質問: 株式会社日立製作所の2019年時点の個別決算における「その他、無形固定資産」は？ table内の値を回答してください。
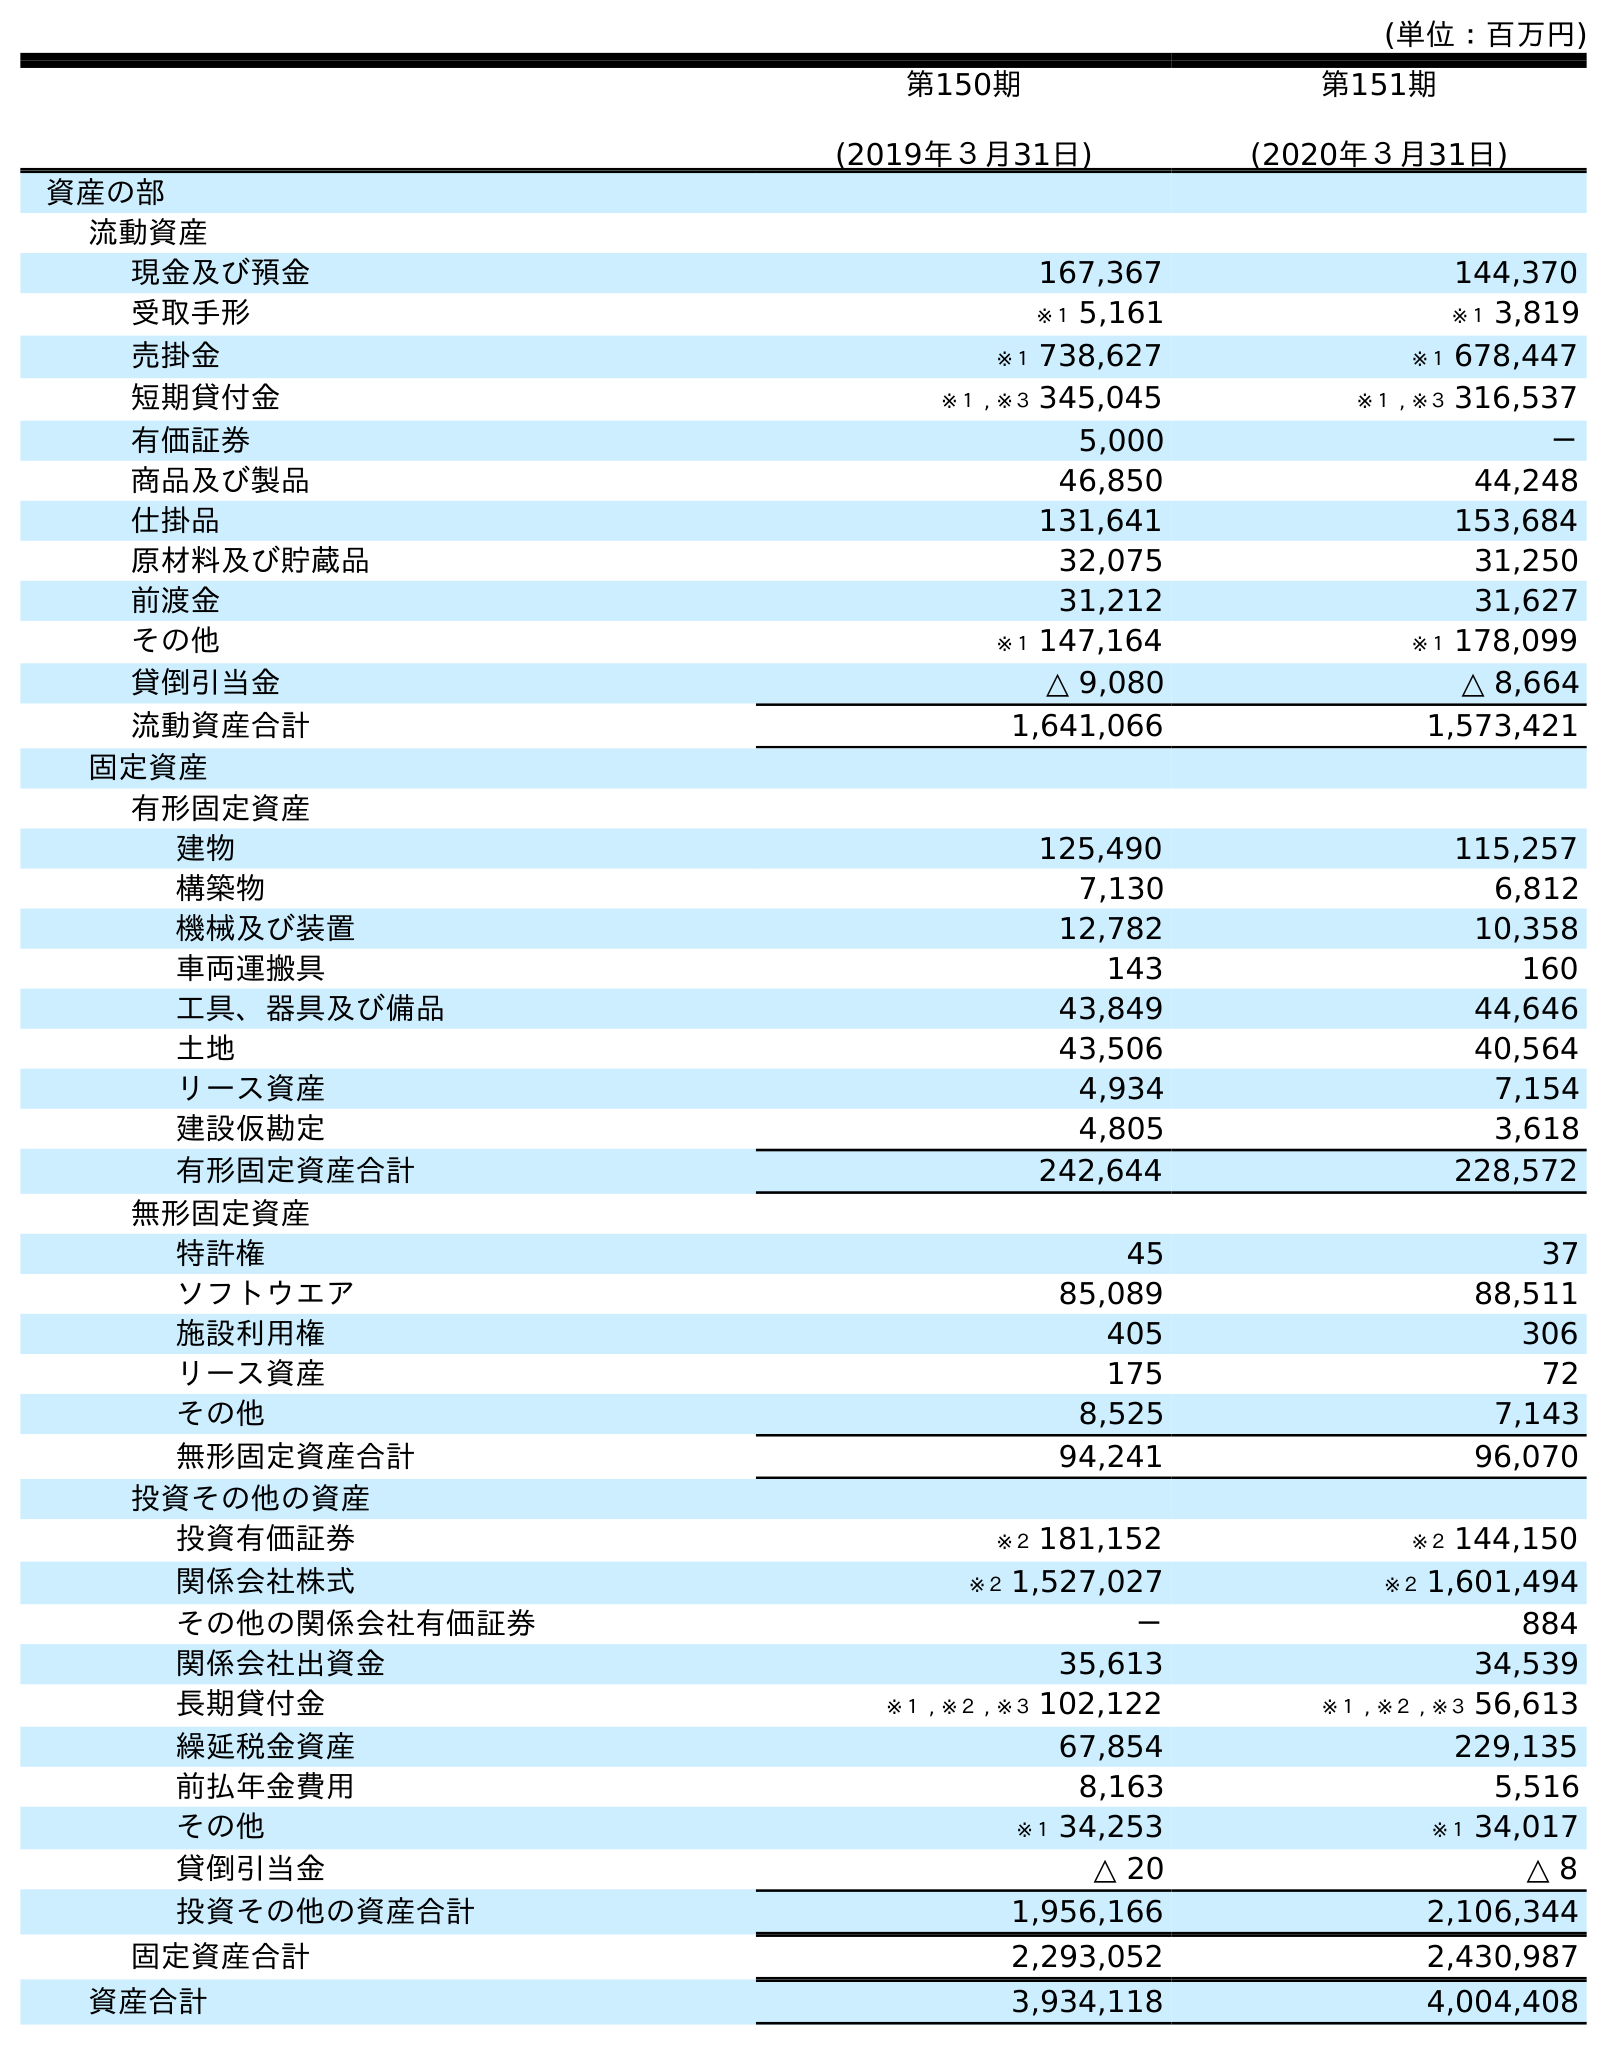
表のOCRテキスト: (単位：百万円) 第150期 (2019年３月31日) 第151期 (2020年３月31日) 資産の部 流動資産 現金及び預金 167,367 144,370 受取手形 ※１ 5,161 ※１ 3,819 売掛金 ※１ 738,627 ※１ 678,447 短期貸付金 ※１ , ※３ 345,045 ※１ , ※３ 316,537 有価証券 5,000 － 商品及び製品 46,850 44,248 仕掛品 131,641 153,684 原材料及び貯蔵品 32,075 31,250 前渡金 31,212 31,627 その他 ※１ 147,164 ※１ 178,099 貸倒引当金 △ 9,080 △ 8,664 流動資産合計 1,641,066 1,573,421 固定資産 有形固定資産 建物 125,490 115,257 構築物 7,130 6,812 機械及び装置 12,782 10,358 車両運搬具 143 160 工具、器具及び備品 43,849 44,646 土地 43,506 40,564 リース資産 4,934 7,154 建設仮勘定 4,805 3,618 有形固定資産合計 242,644 228,572 無形固定資産 特許権 45 37 ソフトウエア 85,089 88,511 施設利用権 405 306 リース資産 175 72 その他 8,525 7,143 無形固定資産合計 94,241 96,070 投資その他の資産 投資有価証券 ※２ 181,152 ※２ 144,150 関係会社株式 ※２ 1,527,027 ※２ 1,601,494 その他の関係会社有価証券 － 884 関係会社出資金 35,613 34,539 長期貸付金 ※１ , ※２ , ※３ 102,122 ※１ , ※２ , ※３ 56,613 繰延税金資産 67,854 229,135 前払年金費用 8,163 5,516 その他 ※１ 34,253 ※１ 34,017 貸倒引当金 △ 20 △ 8 投資その他の資産合計 1,956,166 2,106,344 固定資産合計 2,293,052 2,430,987 資産合計 3,934,118 4,004,408
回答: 8,525